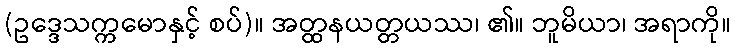
(ဥဒ္ဒေသက္ကမောနှင့် စပ်)။ အတ္ထနယတ္တယဿ၊ ၏။ ဘူမိယာ၊ အရာကို။